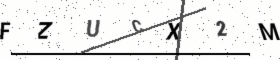
Text: FZUCX2M